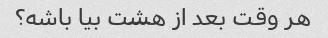
هر وقت بعد از هشت بیا باشه؟